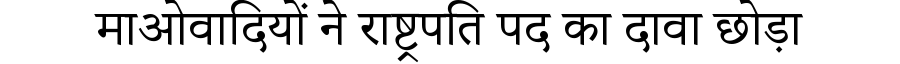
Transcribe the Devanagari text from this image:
माओवादियों ने राष्ट्रपति पद का दावा छोड़ा